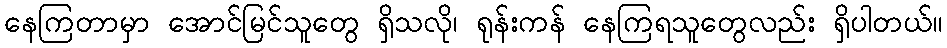
နေကြတာမှာ အောင်မြင်သူတွေ ရှိသလို၊ ရုန်းကန် နေကြရသူတွေလည်း ရှိပါတယ်။